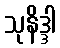
သုနိဒ္ဒါ